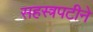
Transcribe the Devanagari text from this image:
सहस्त्रपटीने